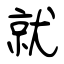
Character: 就